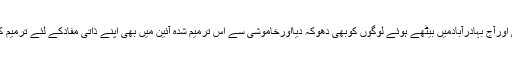
انہوں نے کہاکہ فاروق ستارنے بعد میں پی آئی بی اورآج بہادرآبادمیں بیٹھے ہوئے لوگوں کوبھی دھوکہ دیااورخاموشی سے اس ترمیم شدہ آئین میں بھی اپنے ذاتی مفادکے لئے ترمیم کی اورتمام اختیارات اپنی ذات میں مرکوز کرلئے ۔